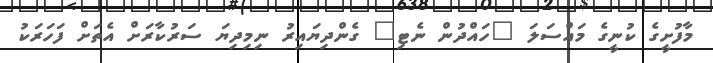
މާފުށީގެ ކުނީގެ މައްސަލަ "ހައްދުން ނެޓި" ގެންދިޔައިރު ނިމިދިޔަ ސަރުކާރަށް އެތަށް ފަހަރަކު